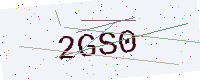
Text: 2GS0